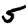
Digit: 5